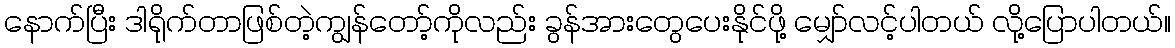
နောက်ပြီး ဒါရိုက်တာဖြစ်တဲ့ကျွန်တော့်ကိုလည်း ခွန်အားတွေပေးနိုင်ဖို့ မျှော်လင့်ပါတယ် လို့ပြောပါတယ်။